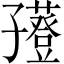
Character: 𡦮